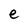
Character: e